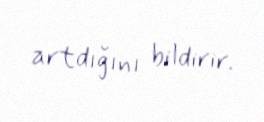
artdığını bildirir.